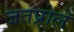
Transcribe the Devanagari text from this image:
जतप्रोले